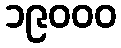
၁၉၀၀၀